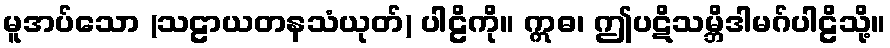
မူအပ်သော (သဠာယတနသံယုတ်) ပါဠိကို။ ဣဓ၊ ဤပဋိသမ္ဘိဒါမဂ်ပါဠိသို့။